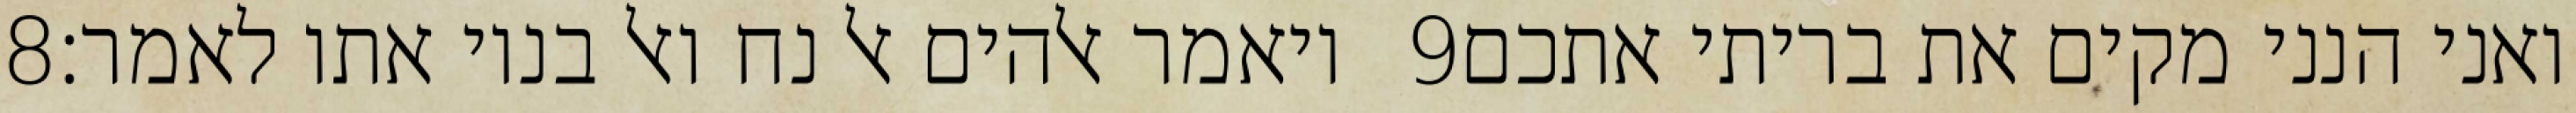
‎8‏ ויאמר אלהים אל נח ואל בניו אתו לאמר׃ ‎9‏ ואני הנני מקים את בריתי אתכם